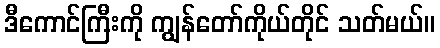
ဒီကောင်ကြီးကို ကျွန်တော်ကိုယ်တိုင် သတ်မယ်။